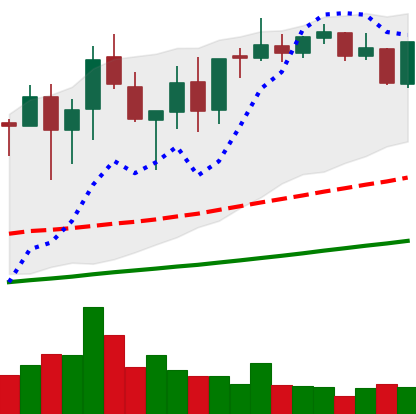
Ticker: XMR-USD
Chart end date: 2021-05-05
Forward return: 5.855%
Label: up_5_7